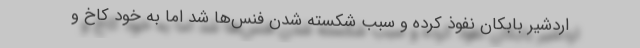
اردشیر بابکان نفوذ کرده و سبب شکسته شدن فنس‌ها شد اما به خود کاخ و